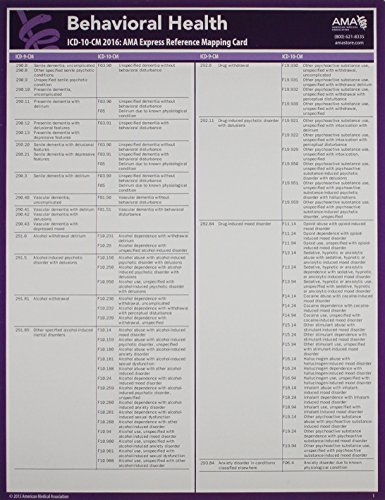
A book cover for ICD-10 Mappings 2016 Express Reference Coding Card Behavioral Health; American Medical Association; Medical Books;